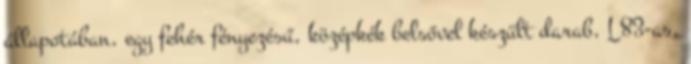
állapotában, egy fehér fényezésű, középkék belsővel készült darab, L83-as,